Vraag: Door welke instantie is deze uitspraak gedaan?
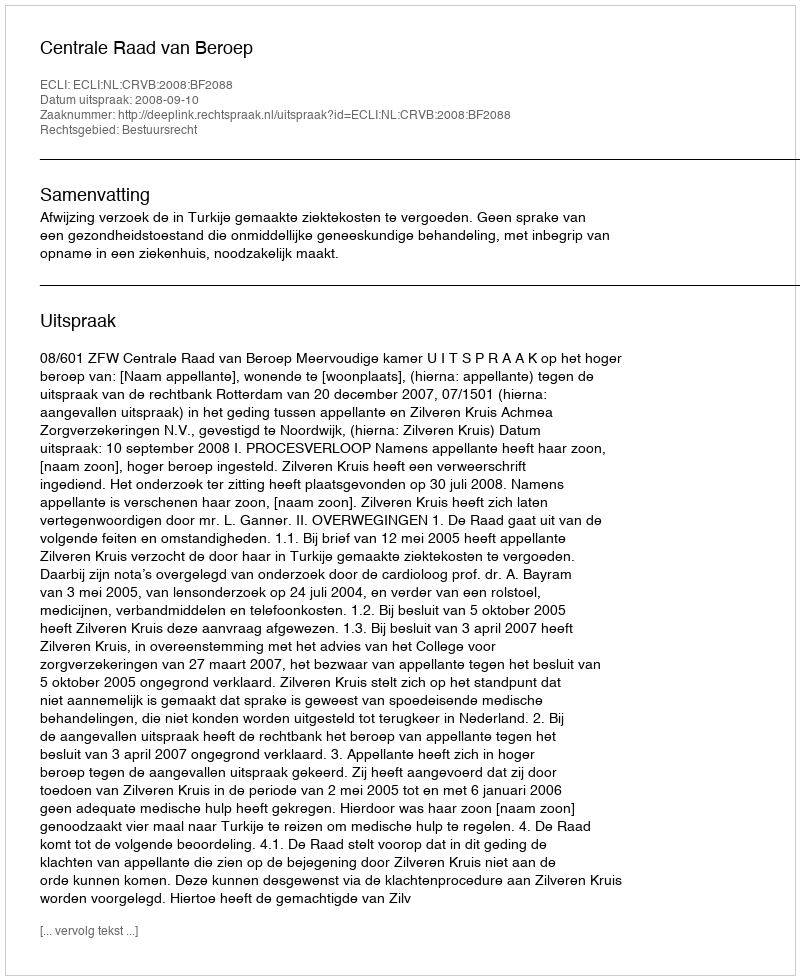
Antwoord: Centrale Raad van Beroep